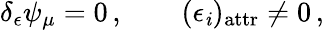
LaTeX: \delta_{\epsilon}\psi_{\mu}=0\, ,\qquad(\epsilon_{\mathit{i}})_{\mathrm{{attr}}}\neq0\, ,